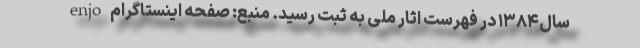
سال۱۳۸۴ در فهرست اثار ملی به ثبت رسید. منبع: صفحه اینستاگرام enjo